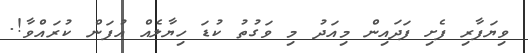
ވިޔަފާރި ފެށި ފަދައިން މިއަދު މި ވަގުތު ކުޑަ ހިޔާލެއް އުފަން ކުރައްވާ!.